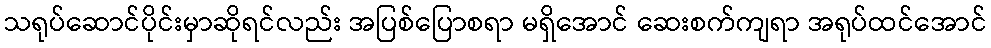
သရုပ်ဆောင်ပိုင်းမှာဆိုရင်လည်း အပြစ်ပြောစရာ မရှိအောင် ဆေးစက်ကျရာ အရုပ်ထင်အောင်